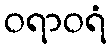
ဝရာဝရံ